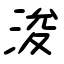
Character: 浚